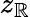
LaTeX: z_{\mathbb{R}}